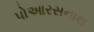
પોઆરસનાથ